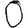
Digit: 0